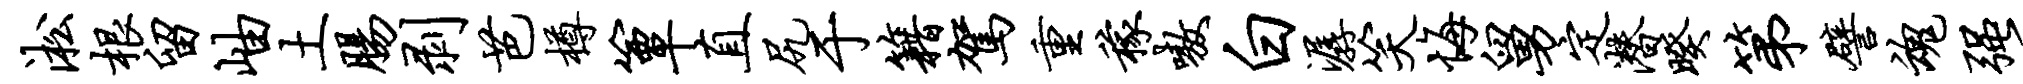
淞根留岫土肠剥芭樽簟直尻于籍驾重稼嗷白潺笑悔舅定潜暌第譬魂强